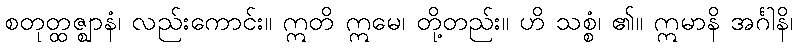
စတုတ္ထဇ္ဈာနံ၊ လည်းကောင်း။ ဣတိ ဣမေ၊ တို့တည်း။ ဟိ သစ္စံ၊ ၏။ ဣမာနိ အင်္ဂါနိ၊